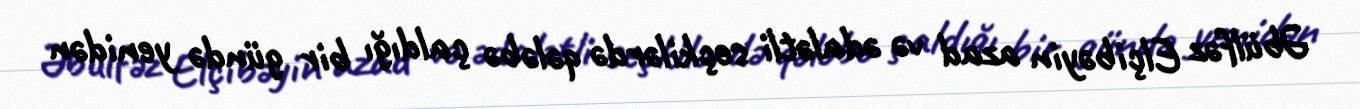
Əbülfəz Elçibəyin azad və ədalətli seçkilərdə qələbə çaldığı bir gündə yenidən